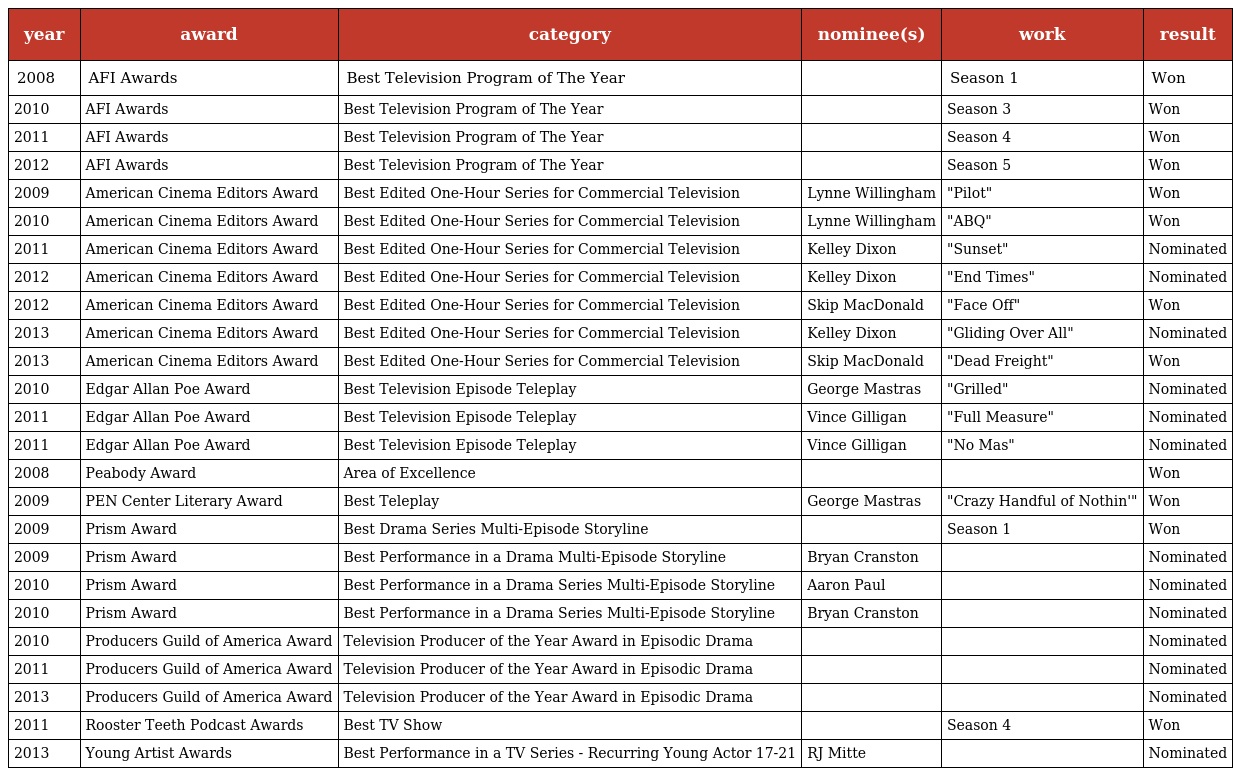
| year | award | category | nominee(s) | work | result |
 | --- | --- | --- | --- | --- | --- |
 | 2008 | AFI Awards | Best Television Program of The Year |  | Season 1 | Won |
 | 2010 | AFI Awards | Best Television Program of The Year |  | Season 3 | Won |
 | 2011 | AFI Awards | Best Television Program of The Year |  | Season 4 | Won |
 | 2012 | AFI Awards | Best Television Program of The Year |  | Season 5 | Won |
 | 2009 | American Cinema Editors Award | Best Edited One-Hour Series for Commercial Television | Lynne Willingham | "Pilot" | Won |
 | 2010 | American Cinema Editors Award | Best Edited One-Hour Series for Commercial Television | Lynne Willingham | "ABQ" | Won |
 | 2011 | American Cinema Editors Award | Best Edited One-Hour Series for Commercial Television | Kelley Dixon | "Sunset" | Nominated |
 | 2012 | American Cinema Editors Award | Best Edited One-Hour Series for Commercial Television | Kelley Dixon | "End Times" | Nominated |
 | 2012 | American Cinema Editors Award | Best Edited One-Hour Series for Commercial Television | Skip MacDonald | "Face Off" | Won |
 | 2013 | American Cinema Editors Award | Best Edited One-Hour Series for Commercial Television | Kelley Dixon | "Gliding Over All" | Nominated |
 | 2013 | American Cinema Editors Award | Best Edited One-Hour Series for Commercial Television | Skip MacDonald | "Dead Freight" | Won |
 | 2010 | Edgar Allan Poe Award | Best Television Episode Teleplay | George Mastras | "Grilled" | Nominated |
 | 2011 | Edgar Allan Poe Award | Best Television Episode Teleplay | Vince Gilligan | "Full Measure" | Nominated |
 | 2011 | Edgar Allan Poe Award | Best Television Episode Teleplay | Vince Gilligan | "No Mas" | Nominated |
 | 2008 | Peabody Award | Area of Excellence |  |  | Won |
 | 2009 | PEN Center Literary Award | Best Teleplay | George Mastras | "Crazy Handful of Nothin'" | Won |
 | 2009 | Prism Award | Best Drama Series Multi-Episode Storyline |  | Season 1 | Won |
 | 2009 | Prism Award | Best Performance in a Drama Multi-Episode Storyline | Bryan Cranston |  | Nominated |
 | 2010 | Prism Award | Best Performance in a Drama Series Multi-Episode Storyline | Aaron Paul |  | Nominated |
 | 2010 | Prism Award | Best Performance in a Drama Series Multi-Episode Storyline | Bryan Cranston |  | Nominated |
 | 2010 | Producers Guild of America Award | Television Producer of the Year Award in Episodic Drama |  |  | Nominated |
 | 2011 | Producers Guild of America Award | Television Producer of the Year Award in Episodic Drama |  |  | Nominated |
 | 2013 | Producers Guild of America Award | Television Producer of the Year Award in Episodic Drama |  |  | Nominated |
 | 2011 | Rooster Teeth Podcast Awards | Best TV Show |  | Season 4 | Won |
 | 2013 | Young Artist Awards | Best Performance in a TV Series - Recurring Young Actor 17-21 | RJ Mitte |  | Nominated |